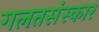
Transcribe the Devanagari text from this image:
गलतसंस्कार